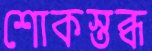
শোকস্তব্ধ